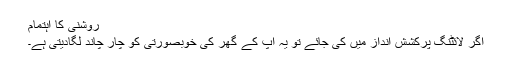
روشنی کا اہتمام
اگر لائٹنگ پرکشش انداز میں کی جائے تو یہ آپ کے گھر کی خوبصورتی کو چار چاند لگادیتی ہے۔